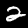
Label: 2